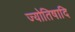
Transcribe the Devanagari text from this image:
ज्योतिषादि